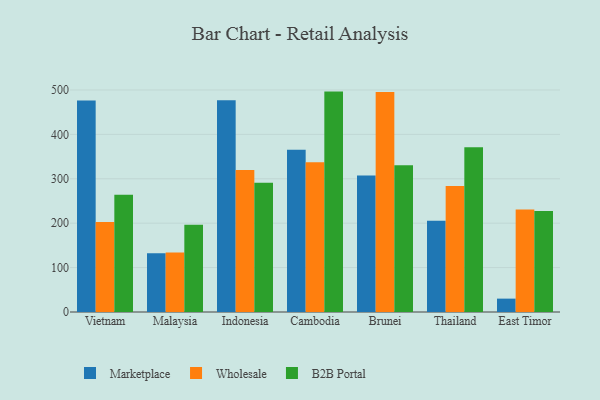
{"axis": {"x": "Country", "y": "Budget (USD K)"}, "legend": ["B2B Portal", "Marketplace", "Wholesale"], "data": [{"x": "Vietnam", "y": 476.1, "type": "Marketplace"}, {"x": "Vietnam", "y": 202.7, "type": "Wholesale"}, {"x": "Vietnam", "y": 264.1, "type": "B2B Portal"}, {"x": "Malaysia", "y": 132.3, "type": "Marketplace"}, {"x": "Malaysia", "y": 134.2, "type": "Wholesale"}, {"x": "Malaysia", "y": 196.7, "type": "B2B Portal"}, {"x": "Indonesia", "y": 477.0, "type": "Marketplace"}, {"x": "Indonesia", "y": 319.8, "type": "Wholesale"}, {"x": "Indonesia", "y": 291.3, "type": "B2B Portal"}, {"x": "Cambodia", "y": 365.6, "type": "Marketplace"}, {"x": "Cambodia", "y": 337.3, "type": "Wholesale"}, {"x": "Cambodia", "y": 496.3, "type": "B2B Portal"}, {"x": "Brunei", "y": 307.3, "type": "Marketplace"}, {"x": "Brunei", "y": 495.4, "type": "Wholesale"}, {"x": "Brunei", "y": 330.4, "type": "B2B Portal"}, {"x": "Thailand", "y": 205.6, "type": "Marketplace"}, {"x": "Thailand", "y": 283.6, "type": "Wholesale"}, {"x": "Thailand", "y": 371.0, "type": "B2B Portal"}, {"x": "East Timor", "y": 30.1, "type": "Marketplace"}, {"x": "East Timor", "y": 230.6, "type": "Wholesale"}, {"x": "East Timor", "y": 227.7, "type": "B2B Portal"}]}